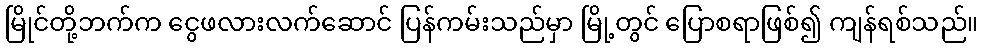
မြိုင်တို့ဘက်က ငွေဖလားလက်ဆောင် ပြန်ကမ်းသည်မှာ မြို့တွင် ပြောစရာဖြစ်၍ ကျန်ရစ်သည်။